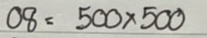
08 = 500 x 500